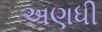
અણધી